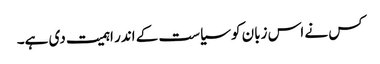
کس نے اس زبان کو سیاست کے اندر اہمیت دی ہے۔